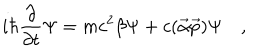
i \hbar \frac { \partial } { \partial t } \Psi = m c ^ { 2 } \beta \Psi + c ( \vec { \alpha } \vec { p } ) \Psi \quad ,